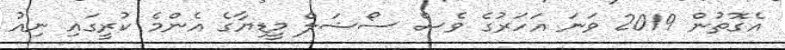
އެގޮތުން 2019 ވަނަ އަހަރުގެ ވެސް ސޯޝަލް މީޑިޔާގެ އެންމެ ކުރީގައި ނިއު